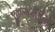
જીએમડીસી